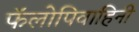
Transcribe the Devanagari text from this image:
फॅलोपिवाहिनी